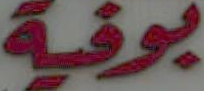
بوفية